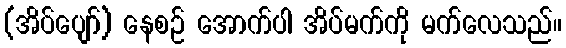
(အိပ်ပျော်) နေစဉ် အောက်ပါ အိပ်မက်ကို မက်လေသည်။